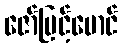
ဇော်မြင့်မောင်